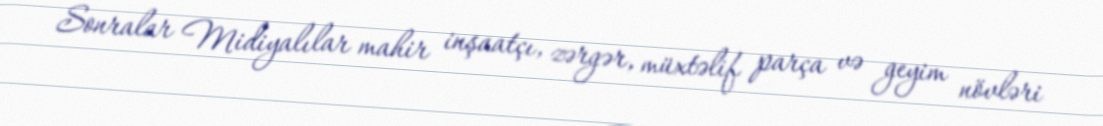
Sonralar Midiyalılar mahir inşaatçı, zərgər, müxtəlif parça və geyim növləri